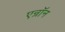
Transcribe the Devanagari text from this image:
एन्रॉन